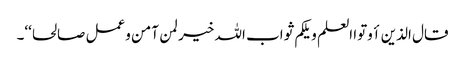
قال الذین أوتوا العلم ویلکم ثواب اللہ خیر لمن آمن وعمل صالحا‘‘۔